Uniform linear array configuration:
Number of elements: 4
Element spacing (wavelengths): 0.5
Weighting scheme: hamming
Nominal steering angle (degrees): -30
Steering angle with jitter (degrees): -29.046
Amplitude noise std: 0.05
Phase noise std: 0.05

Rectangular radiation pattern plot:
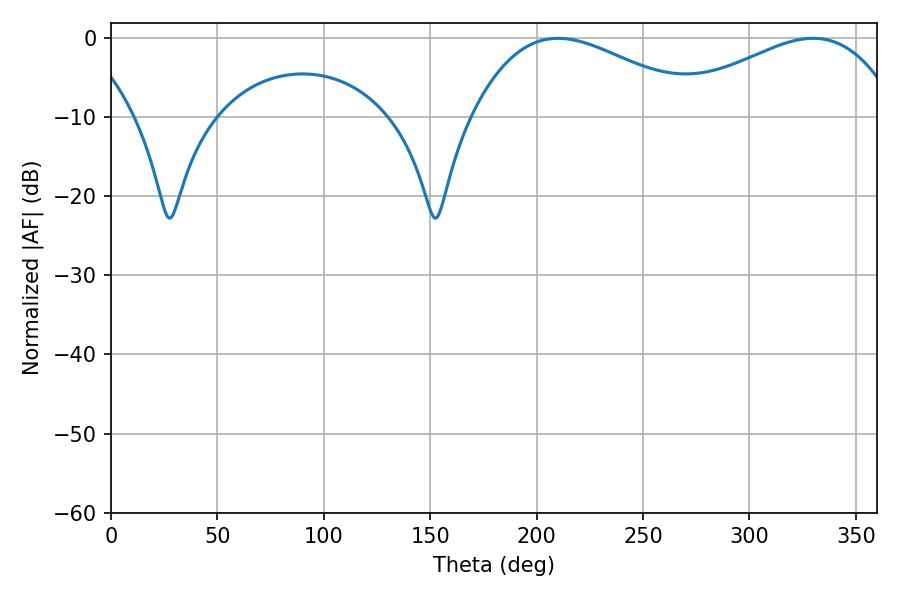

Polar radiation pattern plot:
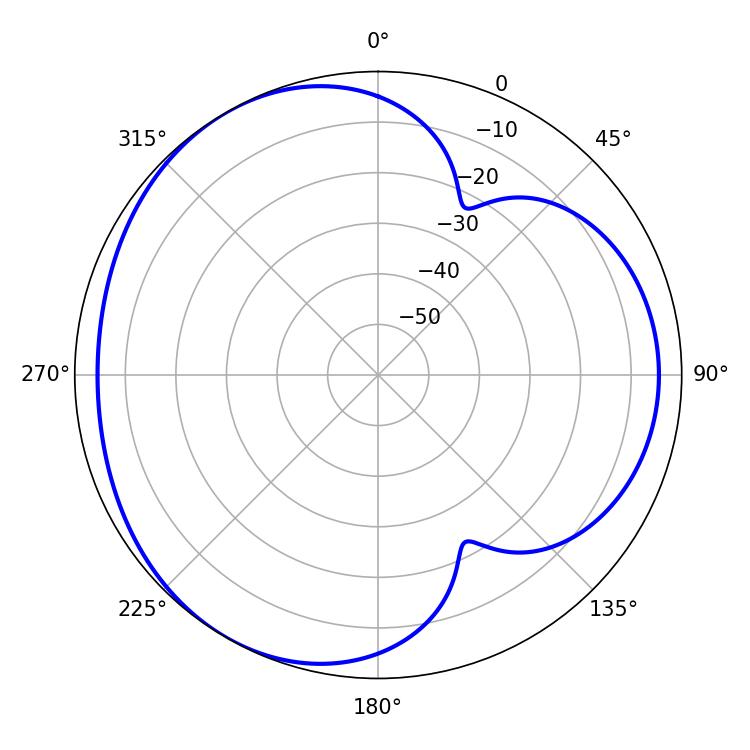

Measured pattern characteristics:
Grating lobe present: FALSE
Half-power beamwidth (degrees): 59.04
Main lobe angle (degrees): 210.06